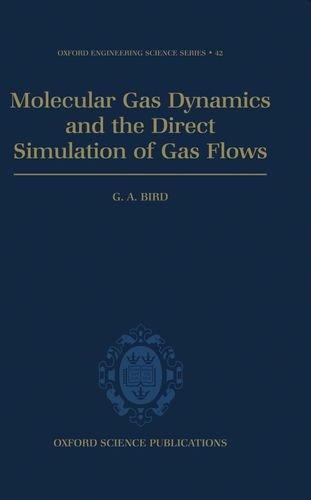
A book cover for Molecular Gas Dynamics and the Direct Simulation of Gas Flows (Oxford Engineering Science Series); G. A. Bird; Science & Math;